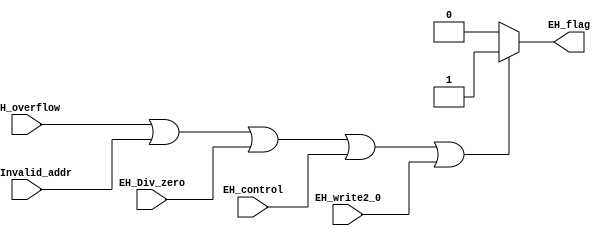
module Exception_Handle
	(
		input EH_overflow,
		input EH_Invalid_addr,
		input EH_Div_zero,
		input EH_control,
		input EH_write2_0,
		output reg EH_flag
	);
	
	initial EH_flag = 0;
	
	always @(EH_overflow, EH_Invalid_addr, EH_Div_zero, EH_control, EH_write2_0) begin
		if (EH_overflow || EH_Invalid_addr || EH_Div_zero || EH_control || EH_write2_0) begin
			EH_flag = 1'b1;
		end
		else begin
			EH_flag = 1'b0;
		end
	end
	
endmodule